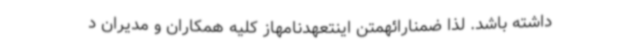
داشته باشد. لذا ضمنارائهمتن اینتعهدنامهاز کلیه همکاران و مدیران د